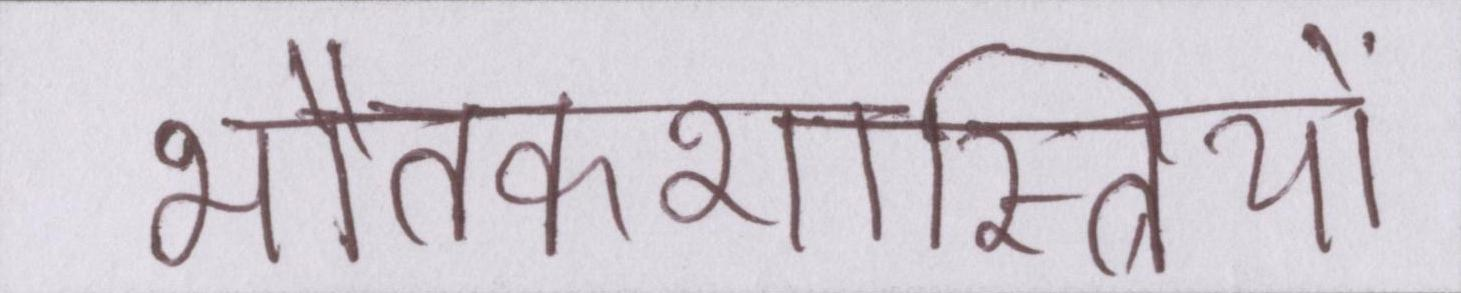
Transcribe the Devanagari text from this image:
भौतकशास्त्रियों